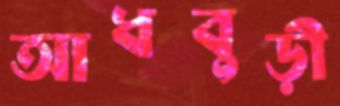
আধবুড়ী